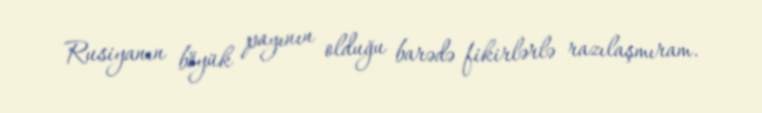
Rusiyanın böyük payının olduğu barədə fikirlərlə razılaşmıram.